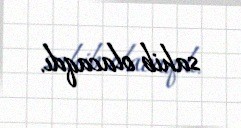
sahib olacaqdı.